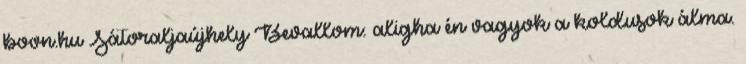
boon.hu Sátoraljaújhely Bevallom: aligha én vagyok a koldusok álma.